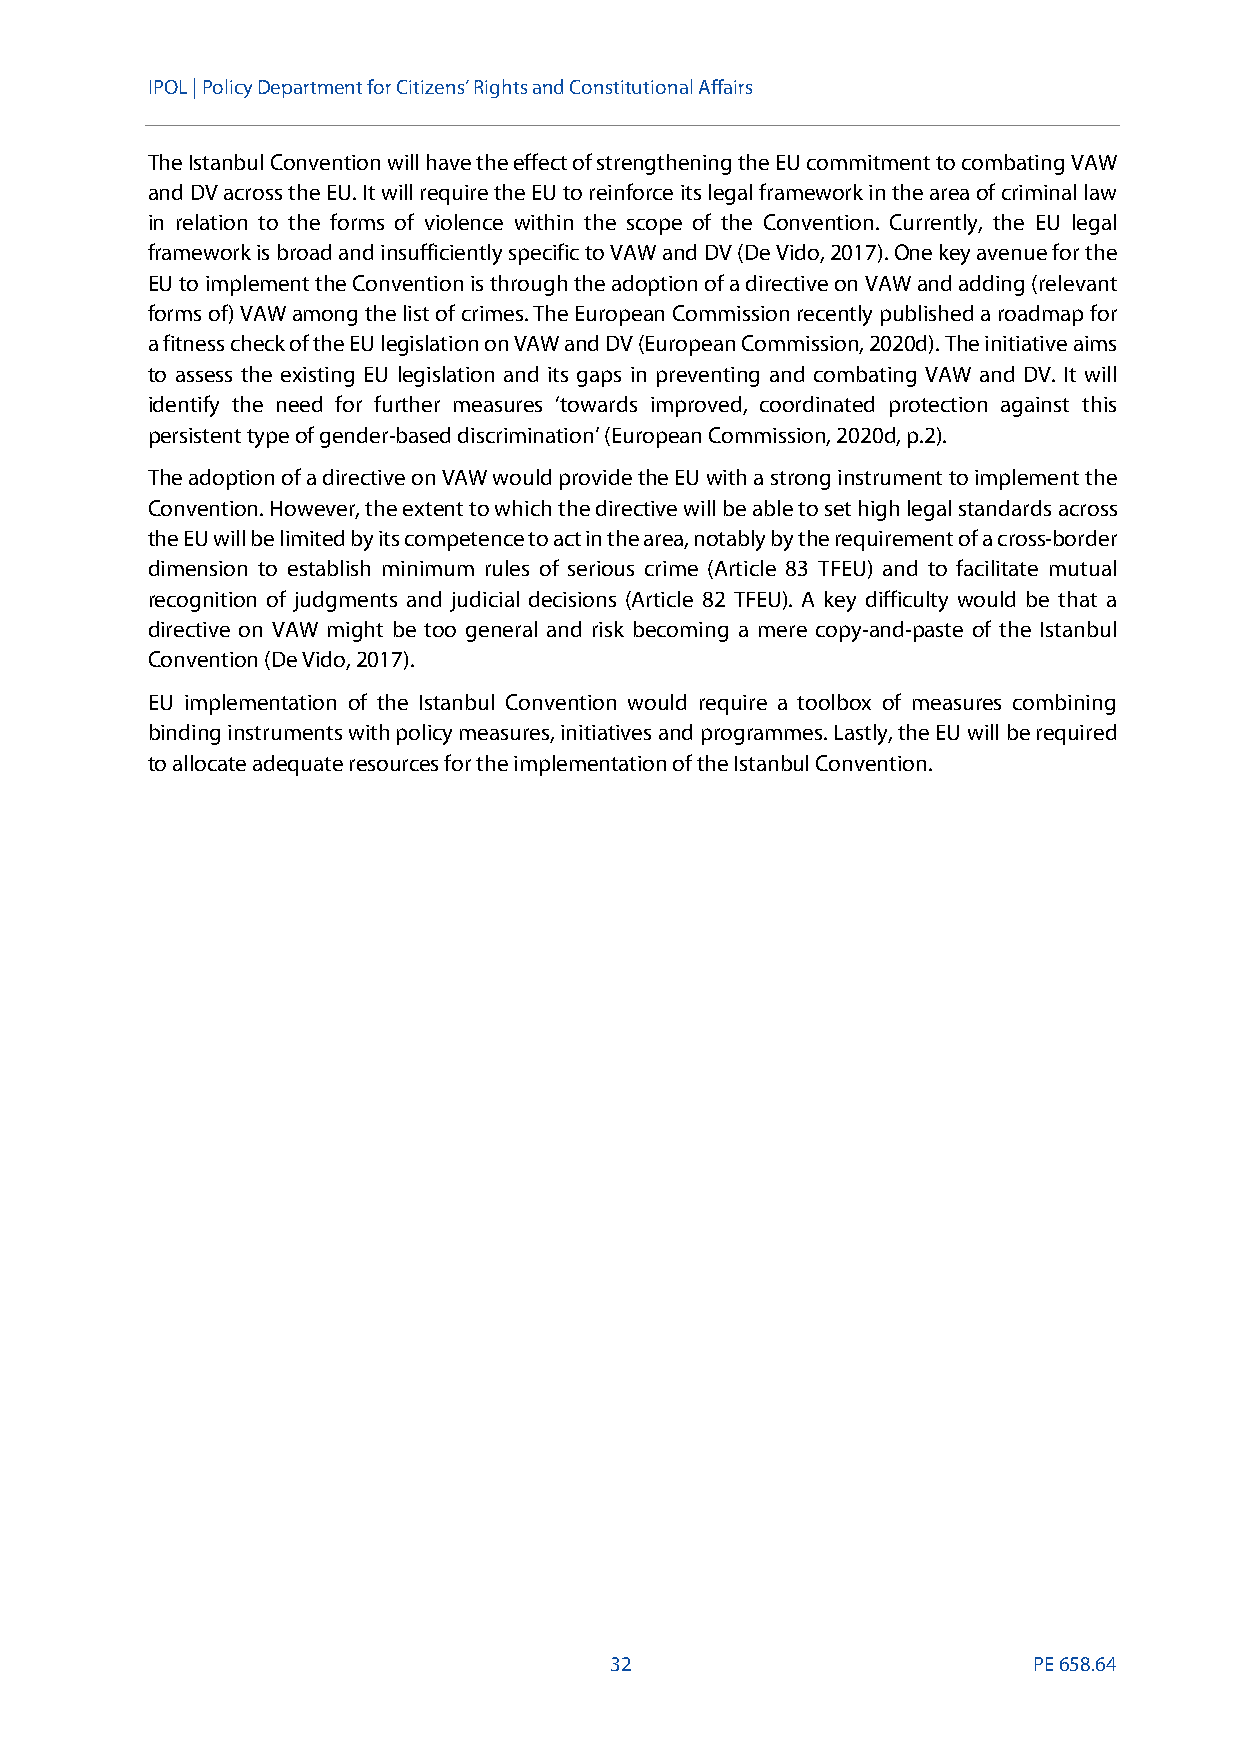
IPOL |Policy Department for Citizens’ Rights and Constitutional Affairs
 The Istanbul Convention will have the effect of strengthening the EU commitment to combating VAW
 and DV across the EU. Itwill require the EU to reinforce its legal framework in the area of criminal law
 in relation to the forms of violence within the scope of the Convention. Currently, the EU legal
 framework is broad and insufficiently specific to VAW and DV (De Vido, 2017).One key avenue for the
 EU to implement the Convention is through the adoption of a directive on VAWand adding (relevant
 forms of)VAWamong the list of crimes. The European Commission recently published a roadmap for
 a fitness check of the EU legislationonVAW and DV (European Commission, 2020d). The initiative aims
 to assess the existing EU legislation and its gaps in preventing and combating VAW and DV. It will
 identify the need for further measures ‘towards improved, coordinated protection against this
 persistent type of gender-based discrimination’ (European Commission, 2020d, p.2).
 The adoption of a directive onVAW would provide the EU with a strong instrument to implement the
 Convention. However, the extent to which the directive will be able to set high legal standards across
 the EU will be limited by its competence to act in the area, notably by the requirement of a cross-border
 dimension to establish minimum rules of serious crime (Article 83 TFEU) and to facilitate mutual
 recognition of judgments and judicial decisions (Article 82 TFEU). A key difficulty would be that a
 directive on VAW might be too general and risk becoming a mere copy-and-paste of the Istanbul
 Convention (De Vido, 2017).
 EU implementation of the Istanbul Convention would require a toolbox of measures combining
 binding instruments with policy measures, initiatives and programmes. Lastly, the EU will be required
 to allocate adequate resources for the implementation of the Istanbul Convention.
 32                          PE658.64